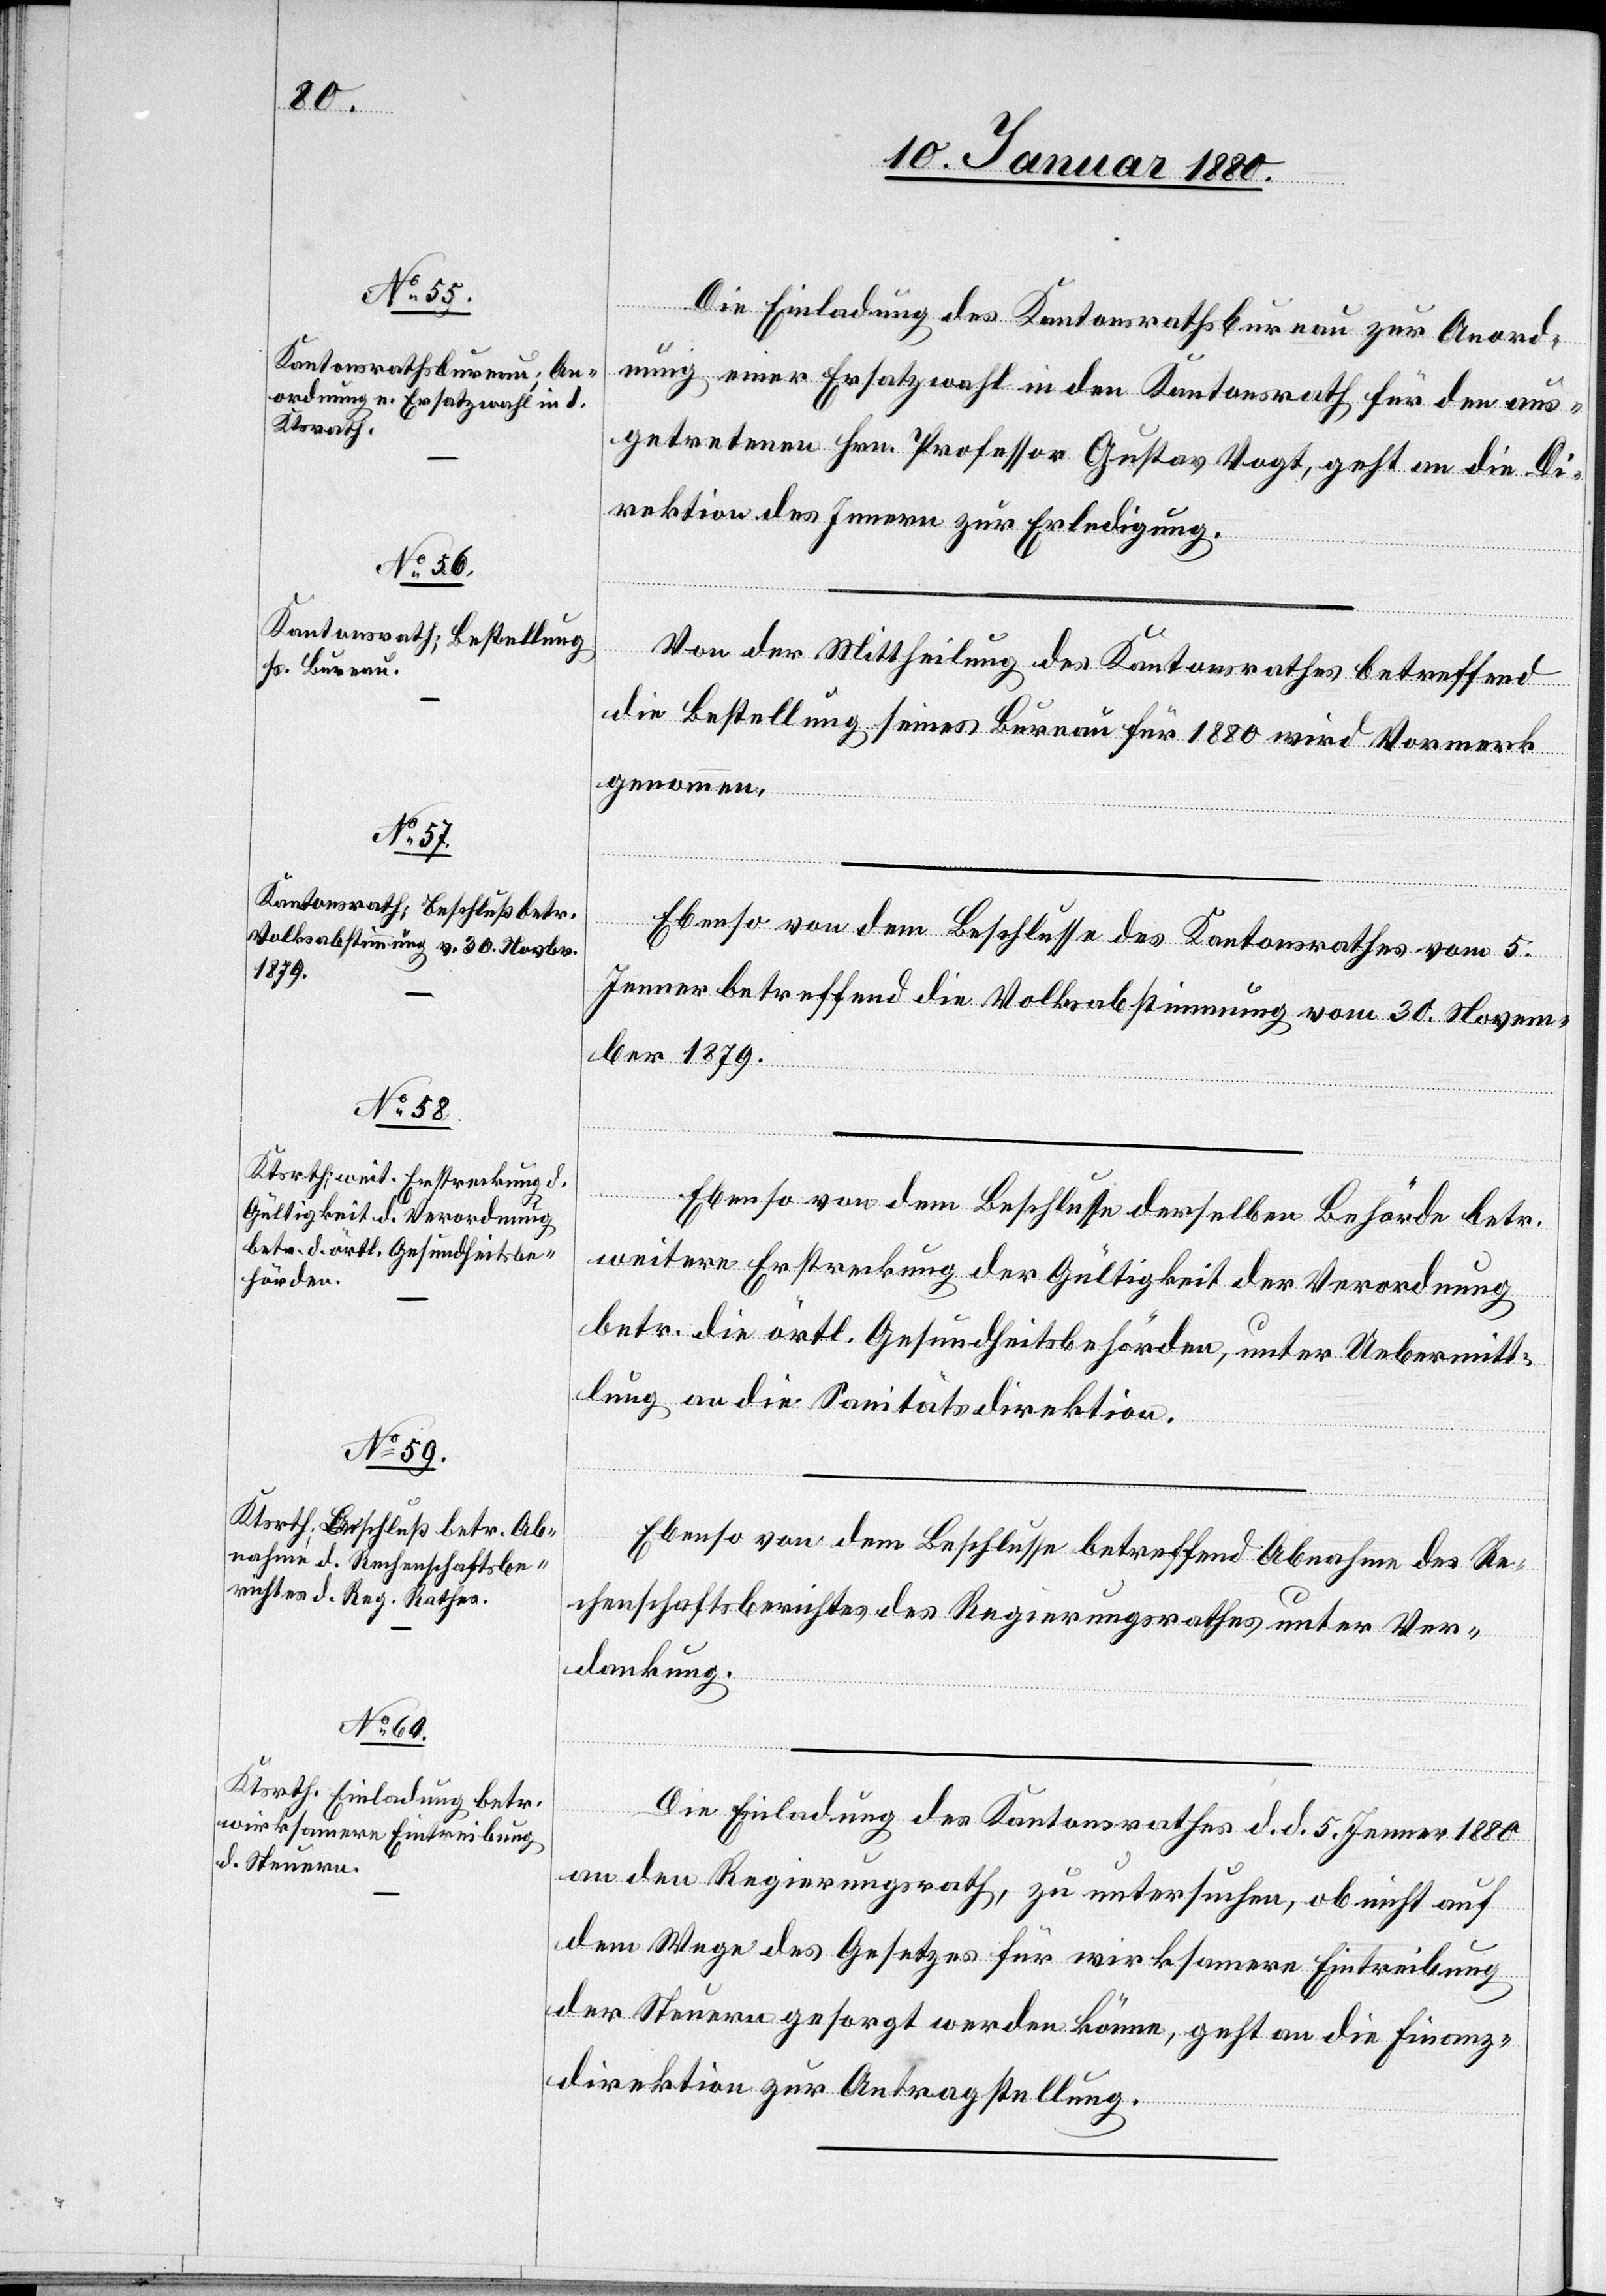
Die Einladung des Kantonsrathsbureau zur Anord¬
nung einer Ersatzwahl in den Kantonsrath für den aus¬
getretenen Hrn. Professor Gustav Vogt, geht an die Di¬
rektion des Innern zur Erledigung.
Von der Mittheilung des Kantonsrathes betreffend
die Bestellung seines Bureau für 1880 wird Vormerk
genommen.
Ebenso von dem Beschlusse des Kantonsrathes vom 5.
Jenner betreffend die Volksabstimmung vom 30. Novem¬
ber 1879.
Ebenso von dem Beschlusse derselben Behörde betr.
weitere Erstreckung der Gültigkeit der Verordnung
betr. die örtl. Gesundheitsbehörden, unter Uebermitt¬
lung an die Sanitätsdirektion.
Ebenso von dem Beschlusse betreffend Abnahme des Re¬
chenschaftsberichtes des Regierungsrathes unter Ver¬
dankung.
Die Einladung des Kantonsrathes d. d. 5. Jenner 1880
an den Regierungsrath, zu untersuchen, ob nicht auf
dem Wege des Gesetzes für wirksamere Eintreibung
der Steuern gesorgt werden könne, geht an die Finanz¬
direktion zur Antragstellung.